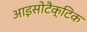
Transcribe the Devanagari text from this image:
आइसोटैक्टिक